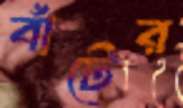
বাঁটের